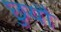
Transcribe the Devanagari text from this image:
छुयौ